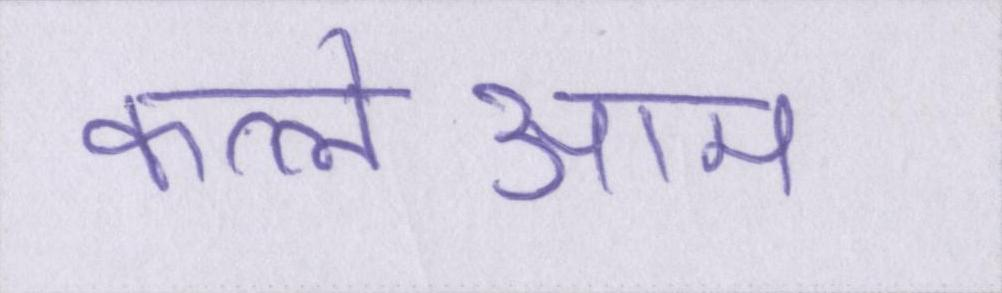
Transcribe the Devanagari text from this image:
कत्लेआम